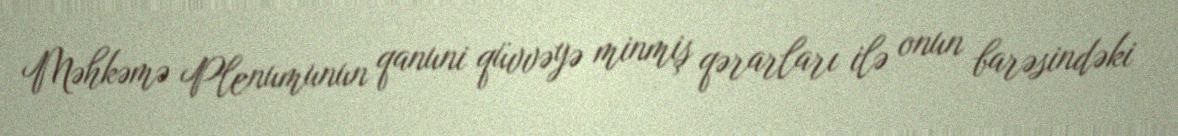
Məhkəmə Plenumunun qanuni qüvvəyə minmiş qərarları ilə onun barəsindəki